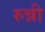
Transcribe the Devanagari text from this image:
रुन्नी